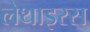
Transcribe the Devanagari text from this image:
लेथाइरस